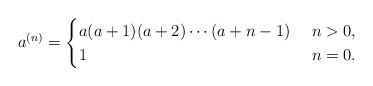
LaTeX: \begin{gather*}a^{(n)}=\begin{cases}a(a+1)(a+2)\cdots(a+n-1)& \ n>0,\\1& \ n=0.\end{cases}\end{gather*}